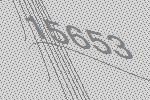
15653